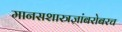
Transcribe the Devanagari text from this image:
मानसशास्त्रज्ञांबरोबरच